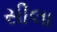
સીલા